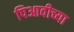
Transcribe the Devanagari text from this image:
पिआवीच्या